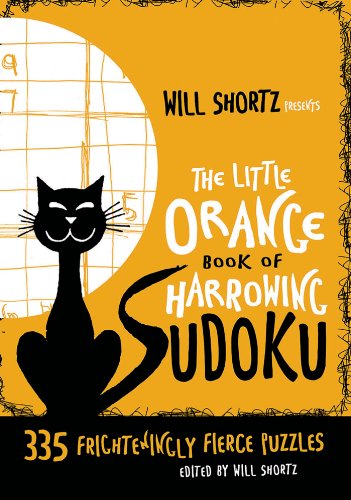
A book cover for Will Shortz Presents The Little Orange Book of Harrowing Sudoku: 335 Frighteningly Fierce Puzzles; Humor & Entertainment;